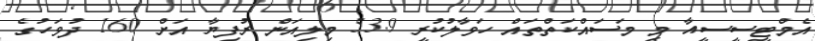
އެމްޓީސީސީއާ މި މަސައްކަތްތައް ހަވާލުކުރީ 53.9 މިލިއަން ރުފިޔާ އަށް 160 ދުވަހުގެ